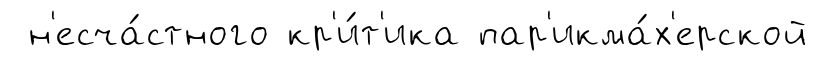
н'есча́стного кр'и́т'ика пар'икма́х'ерской